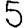
Digit: 5